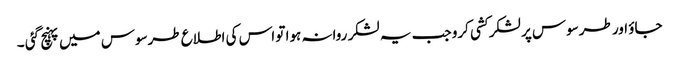
جاؤ اور طرسوس پر لشکر کشی کرو جب یہ لشکر روانہ ہوا تو اس کی اطلاع طرسوس میں پہنچ گئی ۔